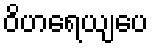
ဝိဟရေယျပေ